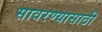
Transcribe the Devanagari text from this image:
सावरण्यासाठी